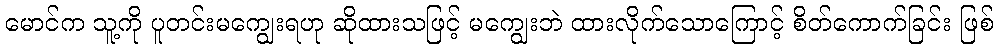
မောင်က သူ့ကို ပူတင်းမကျွေးရဟု ဆိုထားသဖြင့် မကျွေးဘဲ ထားလိုက်သောကြောင့် စိတ်ကောက်ခြင်း ဖြစ်